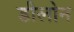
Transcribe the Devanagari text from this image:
डीलोन